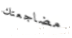
مضاجعتك